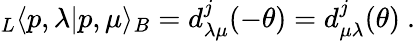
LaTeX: _L\langle p,\lambda|p,\mu\rangle_{B}=d_{\lambda\mu}^{j}(-\theta)=d_{\mu\lambda}^{j}(\theta)\ .